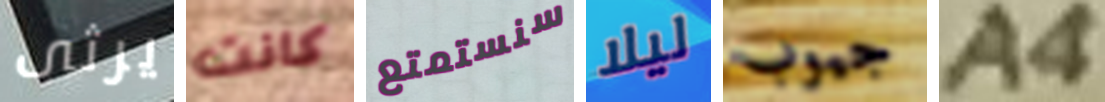
يرثى كانت سنستمتع ليلا جيوب A4